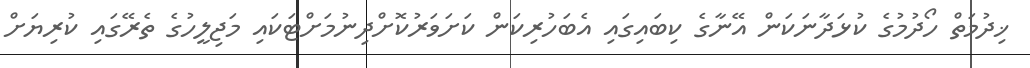
ޚިދުމަތް ހޯދުމުގެ ކުޅަދާނަކަން އޭނާގެ ކިބައިގައި އެބަހުރިކަން ކަށަވަރުކޮށްދިނުމަށްޓަކައި މަޖިލީހުގެ ތެރޭގައި ކުރިޔަށް